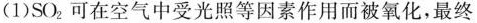
(1)SO2可在空气中受光照等因素作用而被氧化，最终